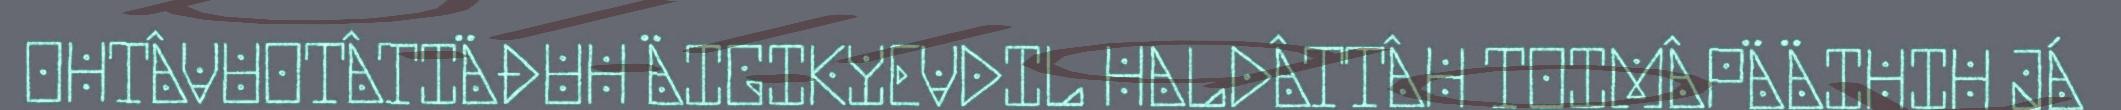
OHTÂVUOTÂTIÄĐUH ÄIGIKYEVDIL HALDÂTTÂH TOIMÂPÄÄIHIH JÁ